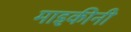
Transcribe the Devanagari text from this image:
माइकीनी